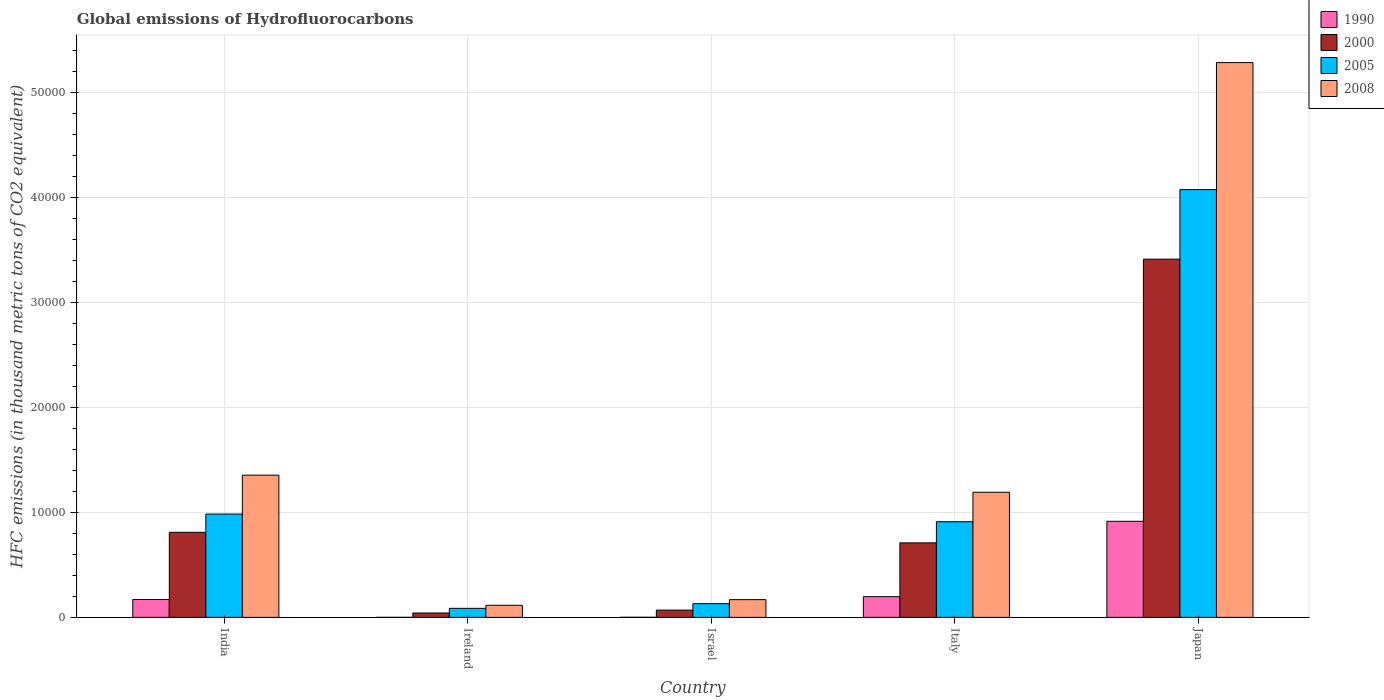
| Country | 1990 | 2000 | 2005 | 2008 |
 | --- | --- | --- | --- | --- |
 | India | 1.7e+03 | 8.11e+03 | 9.85e+03 | 1.36e+04 |
 | Ireland | 1.2 | 416 | 860 | 1.15e+03 |
 | Israel | 4.6 | 692 | 1.30e+03 | 1.69e+03 |
 | Italy | 1.97e+03 | 7.1e+03 | 9.11e+03 | 1.19e+04 |
 | Japan | 9.15e+03 | 3.41e+04 | 4.08e+04 | 5.29e+04 |